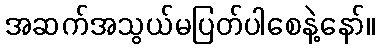
အဆက်အသွယ်မပြတ်ပါစေနဲ့နော်။